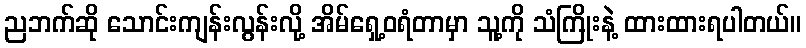
ညဘက်ဆို သောင်းကျန်းလွန်းလို့ အိမ်ရှေ့ဝရံတာမှာ သူ့ကို သံကြိုးနဲ့ ထားထားရပါတယ်။